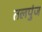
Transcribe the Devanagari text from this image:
तलपुंज